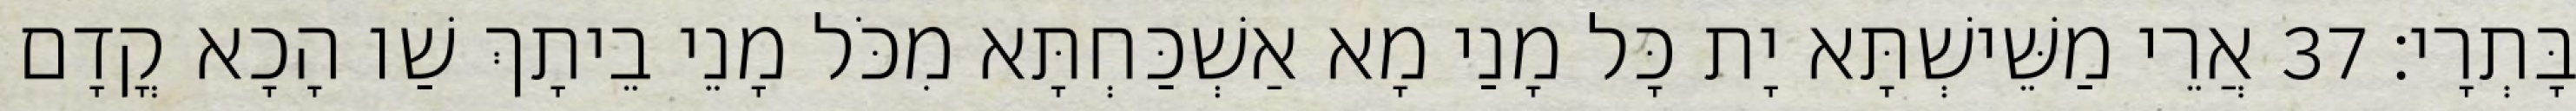
בָּתְרָי׃ 37 אֲרֵי מַשֵּׁישְׁתָּא יָת כָּל מָנַי מָא אַשְׁכַּחְתָּא מִכֹּל מָנֵי בֵיתָךְ שַׁו הָכָא קֳדָם